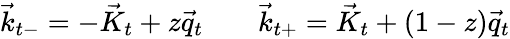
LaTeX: \vec{k}_{t-}=-\vec{K}_{t}+z\vec{q}_{t}\; \; \; \; \; \; \; \vec{k}_{t+}=\vec{K}_{t}+(1-z)\vec{q}_{t}